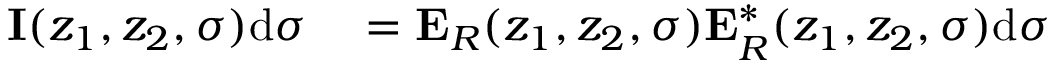
\begin{array} { r l } { \mathbf { I } ( z _ { 1 } , z _ { 2 } , \sigma ) \mathrm { d } \sigma } & { { } = \mathbf { E } _ { R } ( z _ { 1 } , z _ { 2 } , \sigma ) \mathbf { E } _ { R } ^ { * } ( z _ { 1 } , z _ { 2 } , \sigma ) \mathrm { d } \sigma } \end{array}